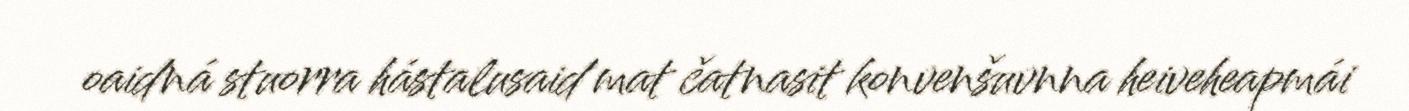
oaidná stuorra hástalusaid mat čatnasit konvenšuvnna heiveheapmái